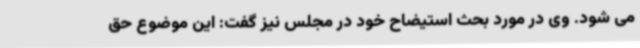
می شود. وی در مورد بحث استیضاح خود در مجلس نیز گفت: این موضوع حق